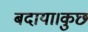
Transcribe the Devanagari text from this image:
बदाया।कुछ